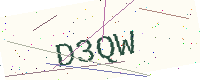
Text: D3QW